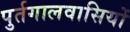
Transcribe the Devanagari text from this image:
पुर्तगालवासियों